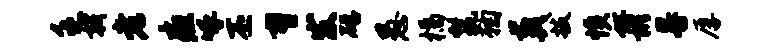
乏戟老疽呼丕曹发磴愚橘鬣鞠葬拔愤虹彬晷厚